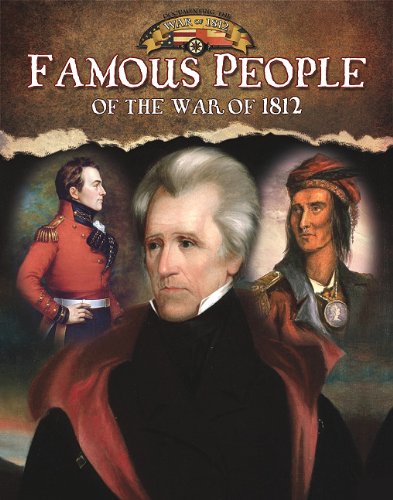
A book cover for Famous People of the War of 1812 (Documenting the War of 1812); Robin Johnson; Children's Books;